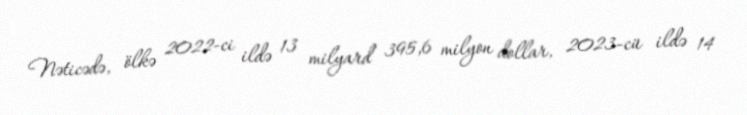
Nəticədə, ölkə 2022-ci ildə 13 milyard 395,6 milyon dollar, 2023-cü ildə 14